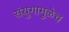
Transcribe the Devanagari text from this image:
संयुगामुळेच